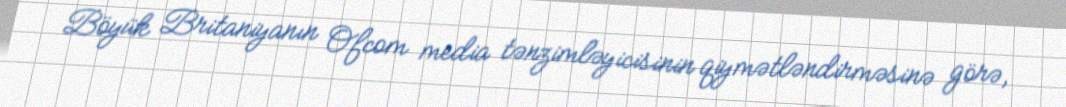
Böyük Britaniyanın Ofcom media tənzimləyicisinin qiymətləndirməsinə görə,